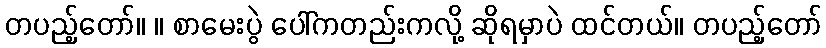
တပည့်တော်။ ။ စာမေးပွဲ ပေါ်ကတည်းကလို့ ဆိုရမှာပဲ ထင်တယ်။ တပည့်တော်